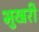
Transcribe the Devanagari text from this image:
भुखरी